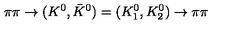
\pi \pi \to ( K ^ { 0 } , \bar { K } ^ { 0 } ) = ( K _ { 1 } ^ { 0 } , K _ { 2 } ^ { 0 } ) \to \pi \pi